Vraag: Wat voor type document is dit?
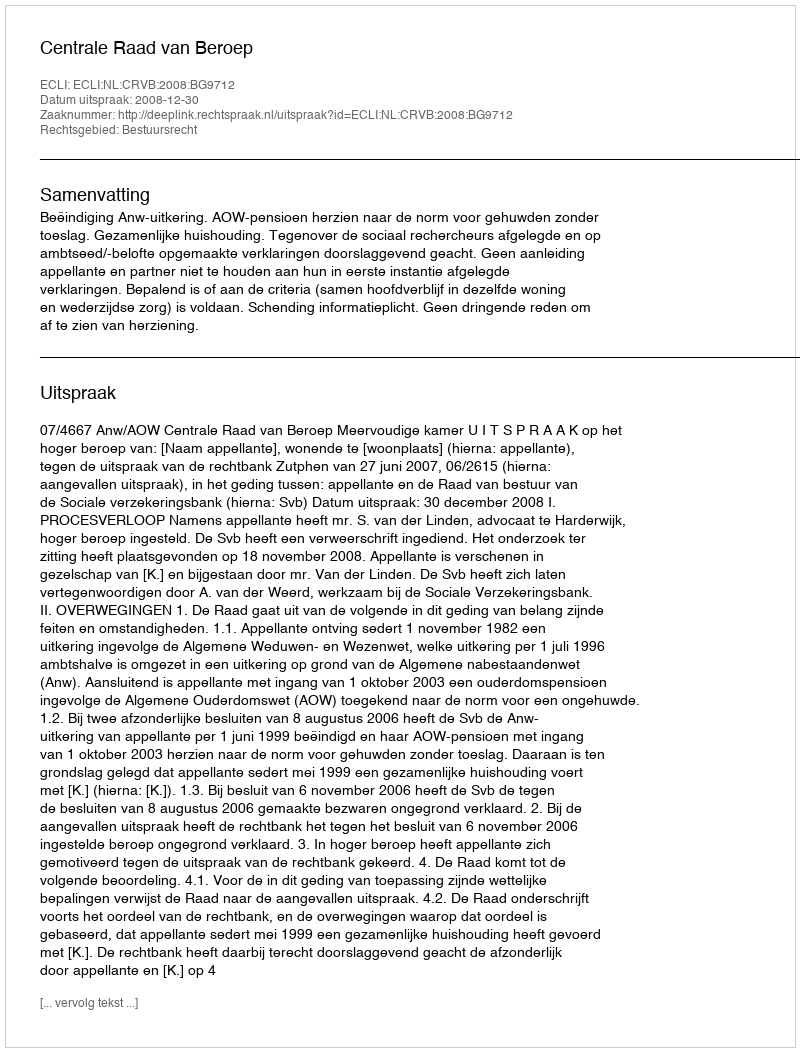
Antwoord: Uitspraak